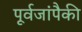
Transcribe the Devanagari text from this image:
पूर्वजांपैकी